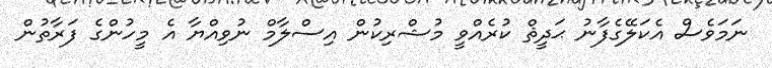
ނަމަވެސް އެކަލޭގެފާނު ޙަދީޘް ކުރެއްވީ މުޝްރިކުން އިސްލާމް ނުވިއްޔާ އެ މީހުންގެ ފަރާތުން